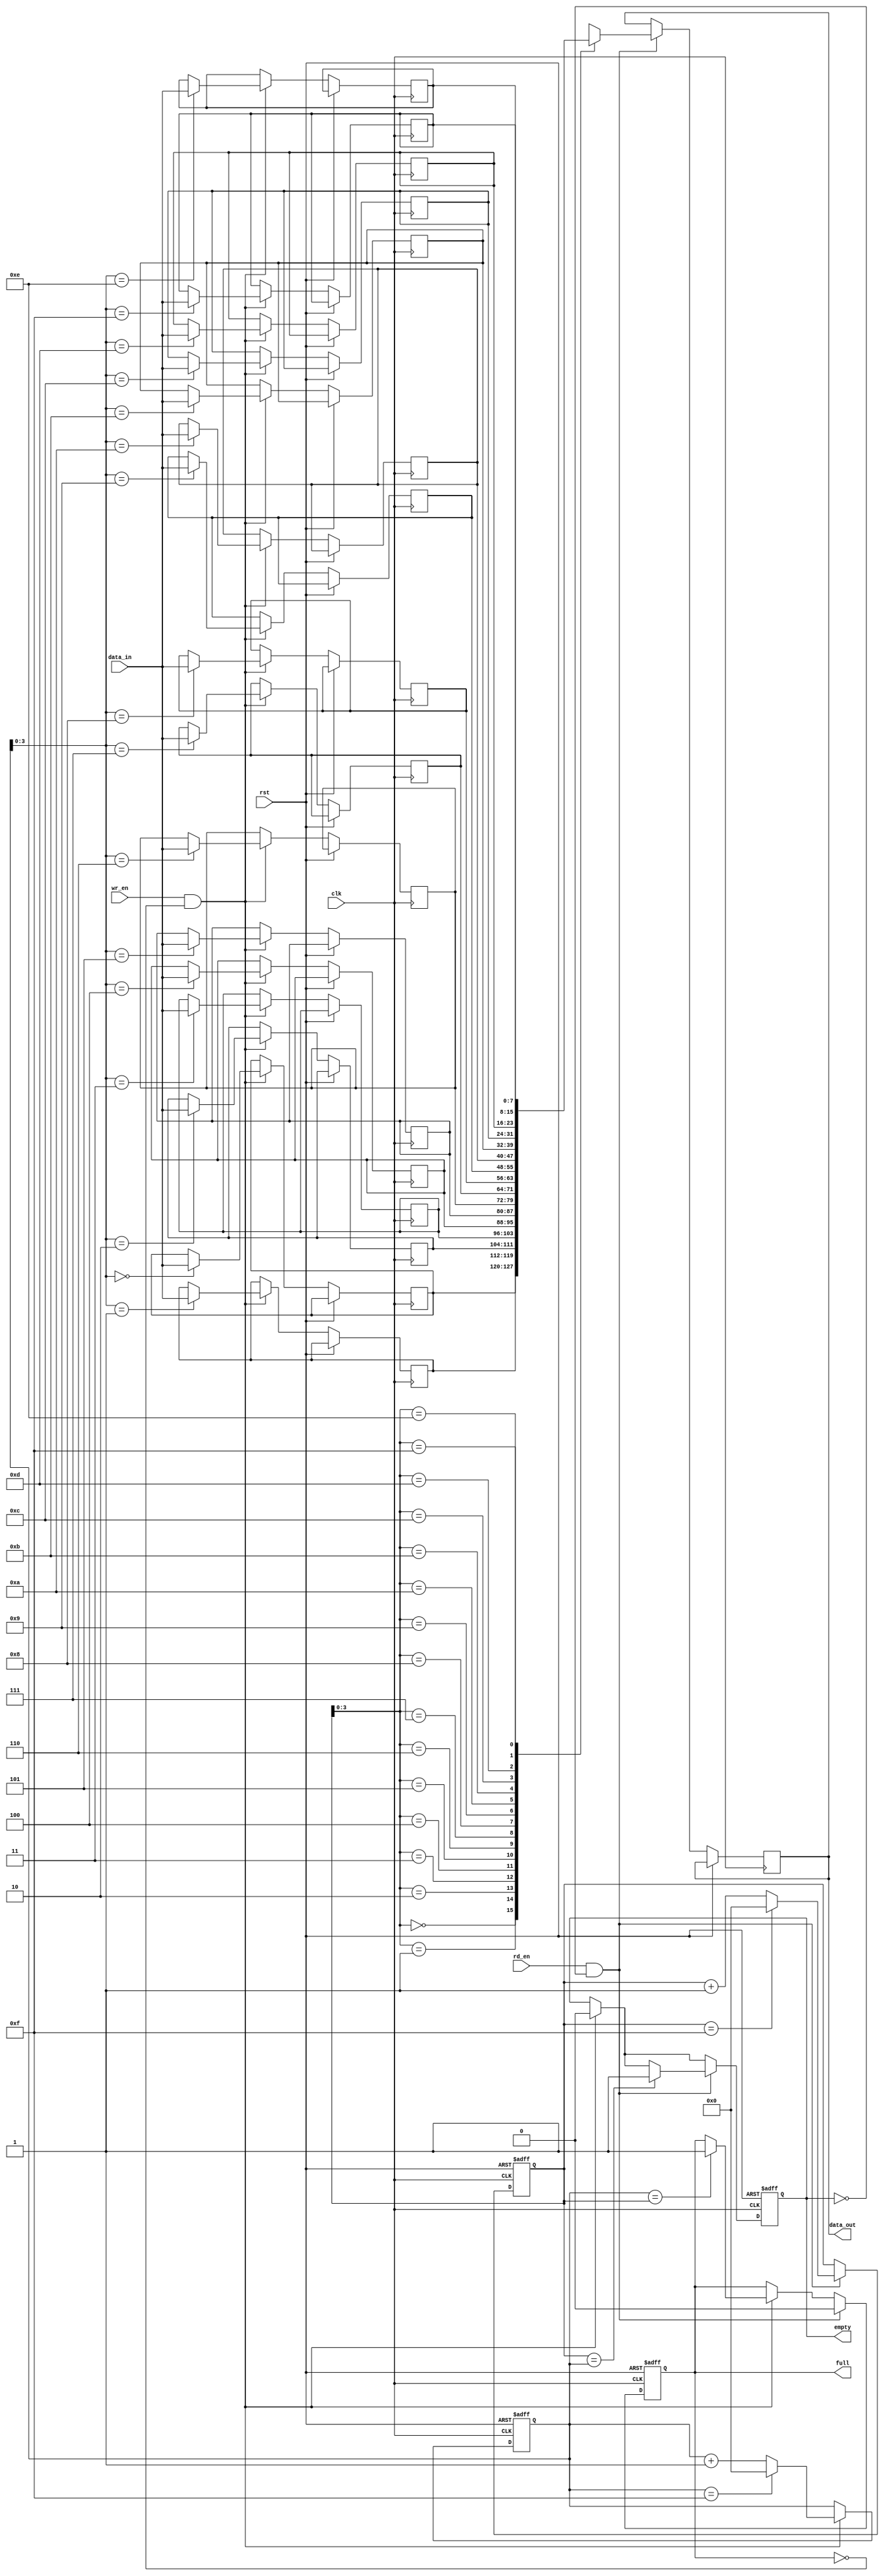
module fifo_buffer (
    input clk,
    input rst,
    input wr_en,
    input [DATA_WIDTH-1:0] data_in,
    output reg empty,
    output reg full,
    output reg [DATA_WIDTH-1:0] data_out,
    input rd_en
);

parameter DATA_WIDTH = 8;
parameter FIFO_DEPTH = 16;

reg [DATA_WIDTH-1:0] fifo_mem[FIFO_DEPTH-1:0];
reg [4:0] wr_ptr;
reg [4:0] rd_ptr;

always @(posedge clk or posedge rst) begin
    if (rst) begin
        wr_ptr <= 5'b0;
        rd_ptr <= 5'b0;
        empty <= 1'b1;
        full <= 1'b0;
    end else begin
        if (wr_en && !full) begin
            fifo_mem[wr_ptr] <= data_in;
            wr_ptr <= wr_ptr + 5'b1;
            if (wr_ptr == FIFO_DEPTH-1)
                wr_ptr <= 5'b0;
            if (wr_ptr == rd_ptr)
                full <= 1'b1;
            empty <= 1'b0;
        end
        
        if (rd_en && !empty) begin
            data_out <= fifo_mem[rd_ptr];
            rd_ptr <= rd_ptr + 5'b1;
            if (rd_ptr == FIFO_DEPTH-1)
                rd_ptr <= 5'b0;
            if (rd_ptr == wr_ptr)
                empty <= 1'b1;
            full <= 1'b0;
        end
    end
end

endmodule